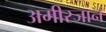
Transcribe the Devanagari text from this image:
अमीरजान